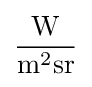
{\frac {\mathrm {W} }{\mathrm {m} ^{2}\mathrm {sr} }}